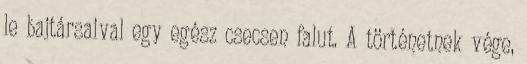
le bajtársaival egy egész csecsen falut. A történetnek vége,